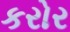
કરોર